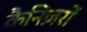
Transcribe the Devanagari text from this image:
कैनिज़रों